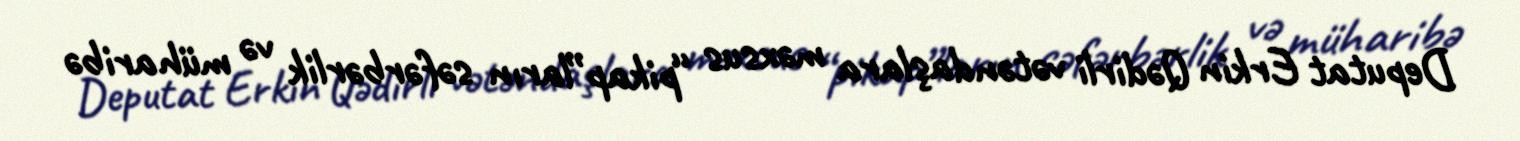
Deputat Erkin Qədirli vətəndaşlara məxsus “pikap”ların səfərbərlik və müharibə